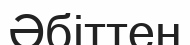
Әбіттен